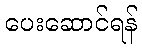
ပေးဆောင်ရန်